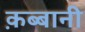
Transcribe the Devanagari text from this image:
क़ब्बानी